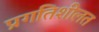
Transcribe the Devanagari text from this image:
प्रगतिशीलत